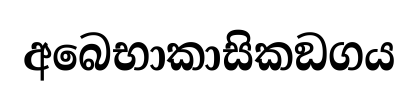
අබෙභාකාසිකඞගය